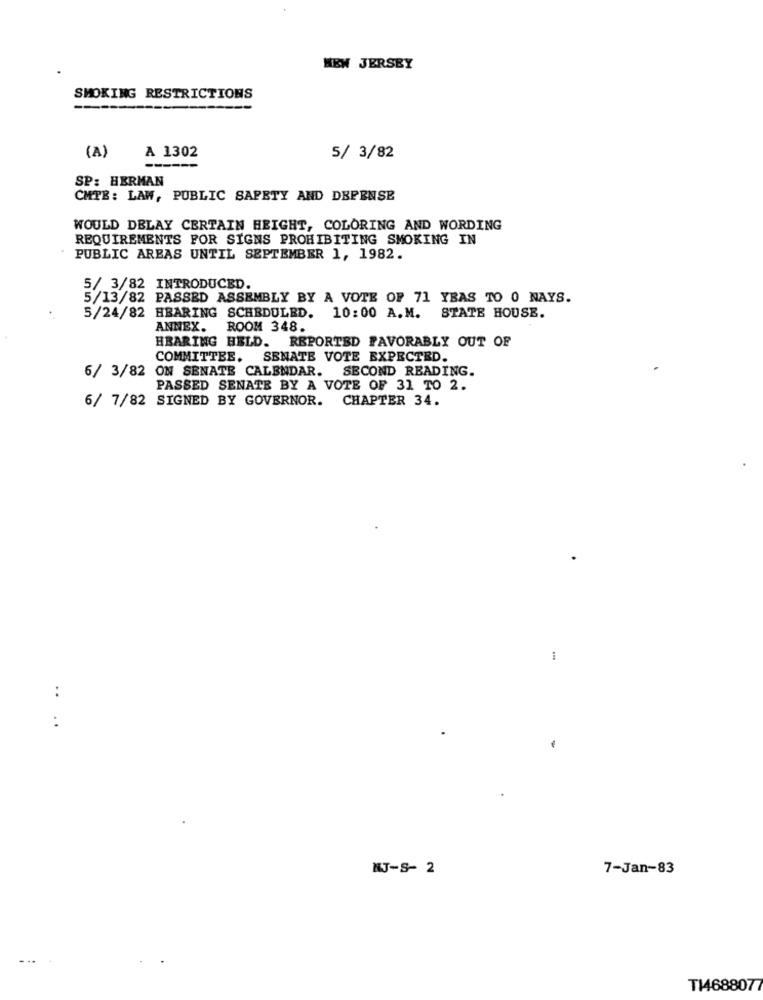
NEW JERSEY
SMOKING RESTRICTIONS
A 1302
(A)
5/ 3/82
SP: HERMAN
CMTE: LAW, PUBLIC SAFETY AND DEPENSE
WOULD DELAY CERTAIN HEIGHT, COLORING AND WORDING
REQUIREMENTS FOR SIGNS PROHIBITING SMOKING IN
PUBLIC AREAS UNTIL SEPTEMBER 1, 1982.
5/ 3/82 INTRODUCED.
5/13/82 PASSED ASSEMBLY BY A VOTE OF 71 YBAS TO 0 NAYS.
5/24/82 HBARING SCHEDULED. 10:00 A.M. STATE HOUSE.
ANNEX. ROOM 348.
HBARING HELD. REPORTED FAVORABLY OUT OF
COMMITTEE. SENATE VOTE EXPECTED.
6/ 3/82 ON SENATE CALENDAR. SECOND READING.
PASSED SENATE BY A VOTE OF 31 TO 2.
6/ 7/82 SIGNED BY GOVERNOR. CHAPTER 34.
:
:
KJ-S- 2
7-Jan-83
T14688077